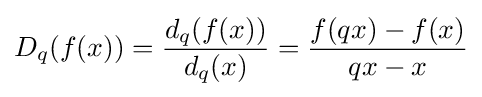
D_{q}(f(x))={\frac {d_{q}(f(x))}{d_{q}(x)}}={\frac {f(qx)-f(x)}{qx-x}}